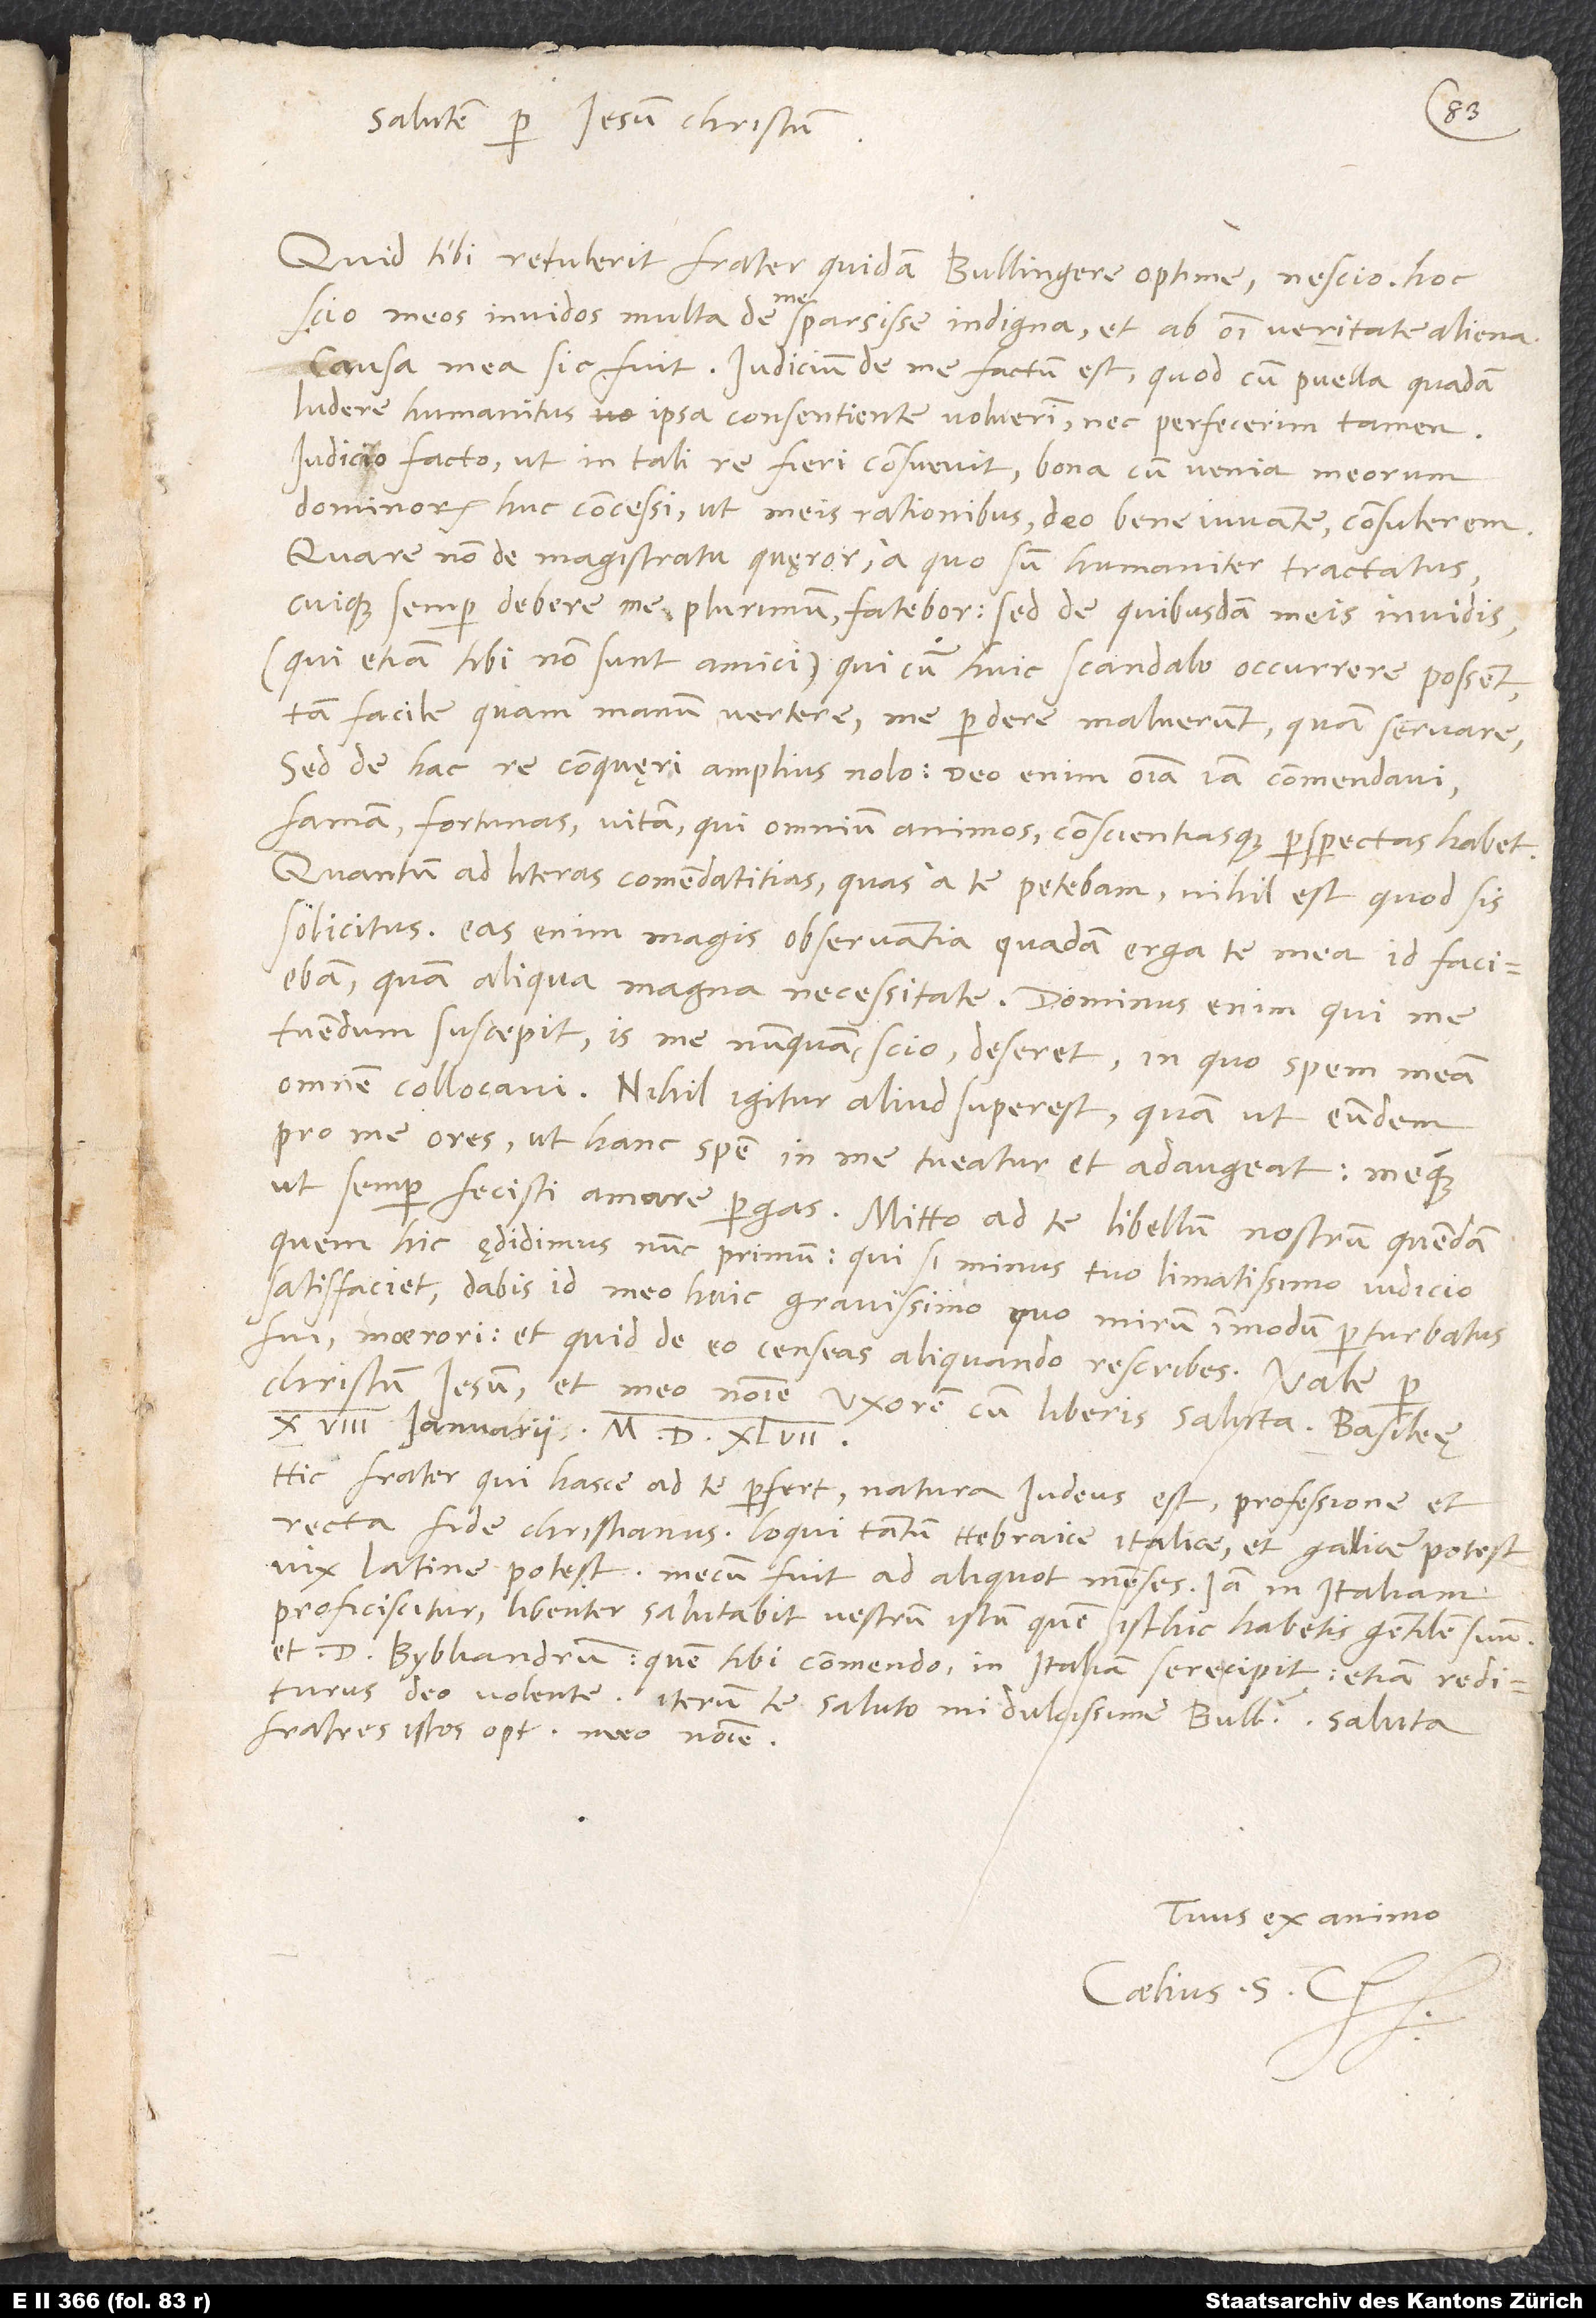
Salutem per Iesum Christum.
Quid tibi retulerit frater quidam, Bullingere optime, nescio. Hoc
scio meos invidos multa de me sparsisse indigna et ab omni veritate aliena.
Causa mea sic fuit: Iudicium de me factum est, quod cum puella quadam
ludere humanitus ipsa consentiente voluerim (nec perfecerim tamen).
Iudicio facto (ut in tali re fieri consuevit) bona cum venia meorum
dominorum huc concessi, ut meis rationibus deo bene iuvante consulerem.
Quare non de magistratu quęror, a quo sum humaniter tractatus
cuique semper debere me plurimum fatebor, sed de quibusdam meis invidis
(qui etiam tibi non sunt amici), qui, cum huic scandalo occurrere possent
tam facile quam manum vertere, me perdere maluerunt quam servare.
Sed de hac re conquęri amplius nolo. Deo enim omnia iam commendavi:
famam, fortunas, vitam, qui omnium animos conscientiasque perspectas habet.
Quantum ad literas commendatitias, quas a te petebam, nihil est, quod sis
solicitus, enim magis observantia quadam erga te mea id faciebam
quam aliqua magna necessitate. Dominus enim, qui me
tuendum suscepit, is me nunquam, scio, deseret; in quo spem meam
omnem collocavi. Nihil igitur aliud superest, quam ut eundem
pro me ores, ut hanc spem in me tueatur et adaugeat meque,
ut semper fecisti, amare pergas. Mitto ad te libellum nostrum quendam,
quem hic ędidimus nunc primum(qui, si minus tuo limatissimo iudicio
satisfaciet, dabis id meo huic gravissimo, quo mirum in modum perturbatus
fui, moerori), et quid de eo censeas, aliquando rescribes. Vale per
Christum Iesum et meo nomine uxorem cum liberis saluta. Basileę,
18. ianuarii 1547.
Hic frater, qui hasce ad te perfert, natura Iudeus est, professione et
recta fide christianus. Loqui tantum Hebraice, Italice et Gallice potest;
vix Latine potest. Mecum fuit ad aliquot menses. Iam in Italiam
proficiscitur. Libenter salutabit vestrum istum, quem isthic habetis, gentilem suum
et d. Bybliandrum, quem tibi commendo. In Italiam se recipit, etiam rediturus
deo volente. Iterum te saluto, mi dulcissime Bullingere. Saluta
fratres istos optimos meo nomine.
Tuus ex animo
Coelius S. C.